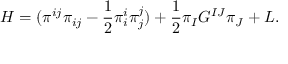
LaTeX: { \cal { H } } = ( \pi ^ { i j } \pi _ { i j } - \frac { 1 } { 2 } \pi _ { i } ^ { i } \pi _ { j } ^ { j } ) + \frac { 1 } { 2 } \pi _ { I } G ^ { I J } \pi _ { J } + { \cal { L } } .